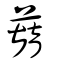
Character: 蘛